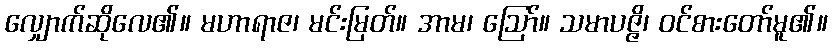
လျှောက်ဆိုလေ၏။ မဟာရာဇ၊ မင်းမြတ်။ အာမ၊ ဩော်။ သမာပဇ္ဇိ၊ ဝင်စားတော်မူ၏။